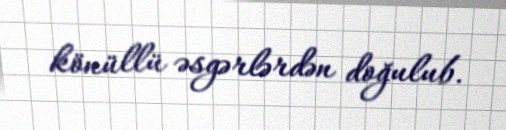
könüllü əsgərlərdən doğulub.